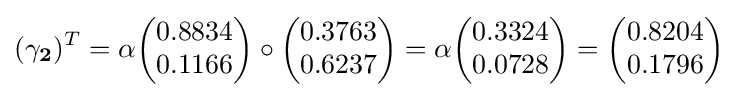
(\mathbf {\gamma _{2}} )^{T}=\alpha {\begin{pmatrix}0.8834\\0.1166\end{pmatrix}}\circ {\begin{pmatrix}0.3763\\0.6237\end{pmatrix}}=\alpha {\begin{pmatrix}0.3324\\0.0728\end{pmatrix}}={\begin{pmatrix}0.8204\\0.1796\end{pmatrix}}